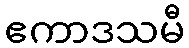
ဧကာဒသမီ